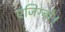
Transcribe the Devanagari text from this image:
एजिग्बो।